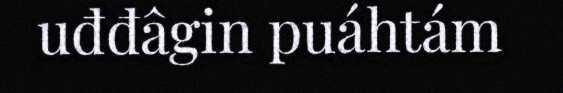
uđđâgin puáhtám